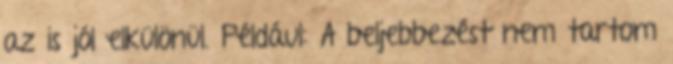
az is jól elkülönül. Például: A beljebbezést nem tartom